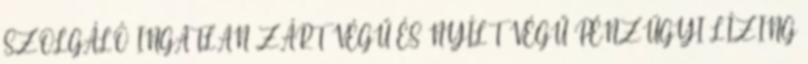
SZOLGÁLÓ INGATLAN ZÁRT VÉGŰ ÉS NYÍLT VÉGŰ PÉNZÜGYI LÍZING